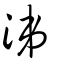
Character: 涕